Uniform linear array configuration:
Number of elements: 32
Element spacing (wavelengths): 0.5
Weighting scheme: cosine
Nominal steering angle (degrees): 60
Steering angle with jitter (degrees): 59.947
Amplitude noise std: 0.05
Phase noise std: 0.05

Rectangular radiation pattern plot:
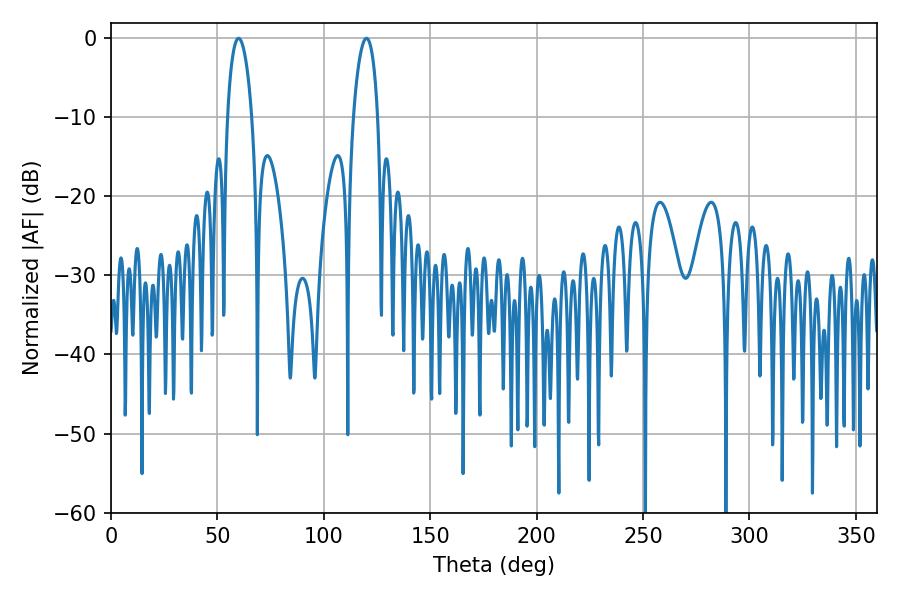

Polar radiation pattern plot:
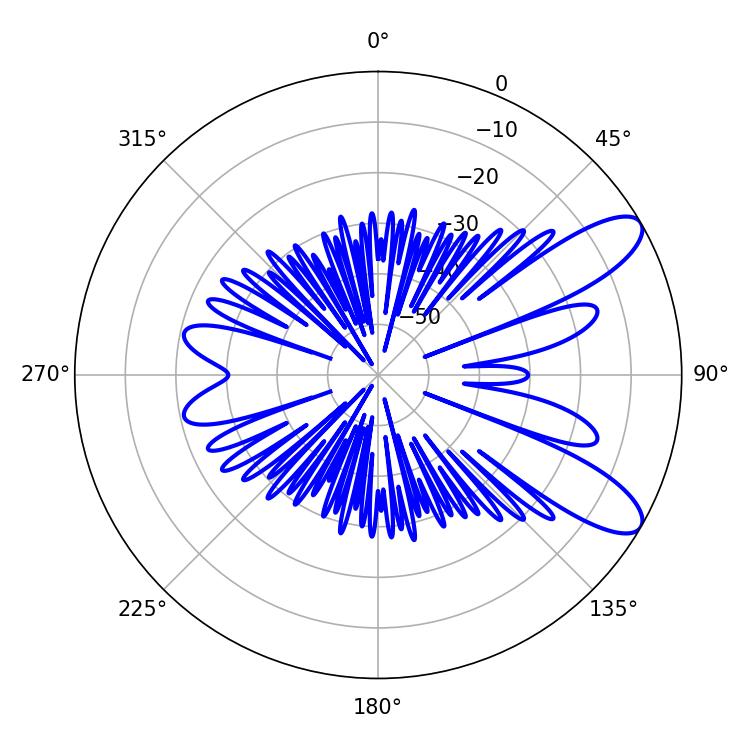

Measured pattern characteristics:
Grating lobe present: FALSE
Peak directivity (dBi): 9.7
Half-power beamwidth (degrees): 6.48
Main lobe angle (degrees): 59.94